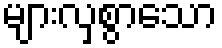
များလှစွာသော